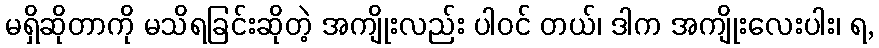
မရှိဆိုတာကို မသိရခြင်းဆိုတဲ့ အကျိုးလည်း ပါဝင် တယ်၊ ဒါက အကျိုးလေးပါး၊ ရ,